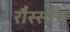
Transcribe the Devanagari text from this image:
रौस्सोस